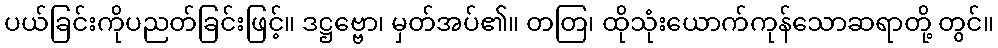
ပယ်ခြင်းကိုပညတ်ခြင်းဖြင့်။ ဒဋ္ဌဗ္ဗော၊ မှတ်အပ်၏။ တတြ၊ ထိုသုံးယောက်ကုန်သောဆရာတို့ တွင်။